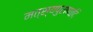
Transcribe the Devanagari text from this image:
मत्स्यपुराणादि